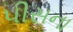
પીસના